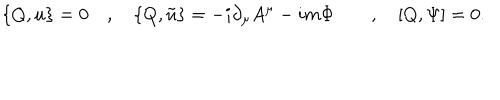
\{ Q , u \} = 0 \quad , \quad \{ Q , \tilde { u } \} = - i \partial _ { \mu } A ^ { \mu } - i m \Phi \quad \quad , \quad [ Q , \Psi ] = 0 .